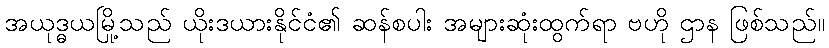
အယုဒ္ဓယမြို့သည် ယိုးဒယားနိုင်ငံ၏ ဆန်စပါး အများဆုံးထွက်ရာ ဗဟို ဌာန ဖြစ်သည်။